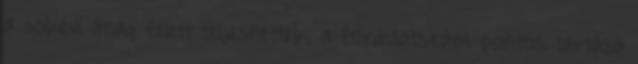
a sokévi átlag felett teljesítettek, a fordulatszám pontos tartása